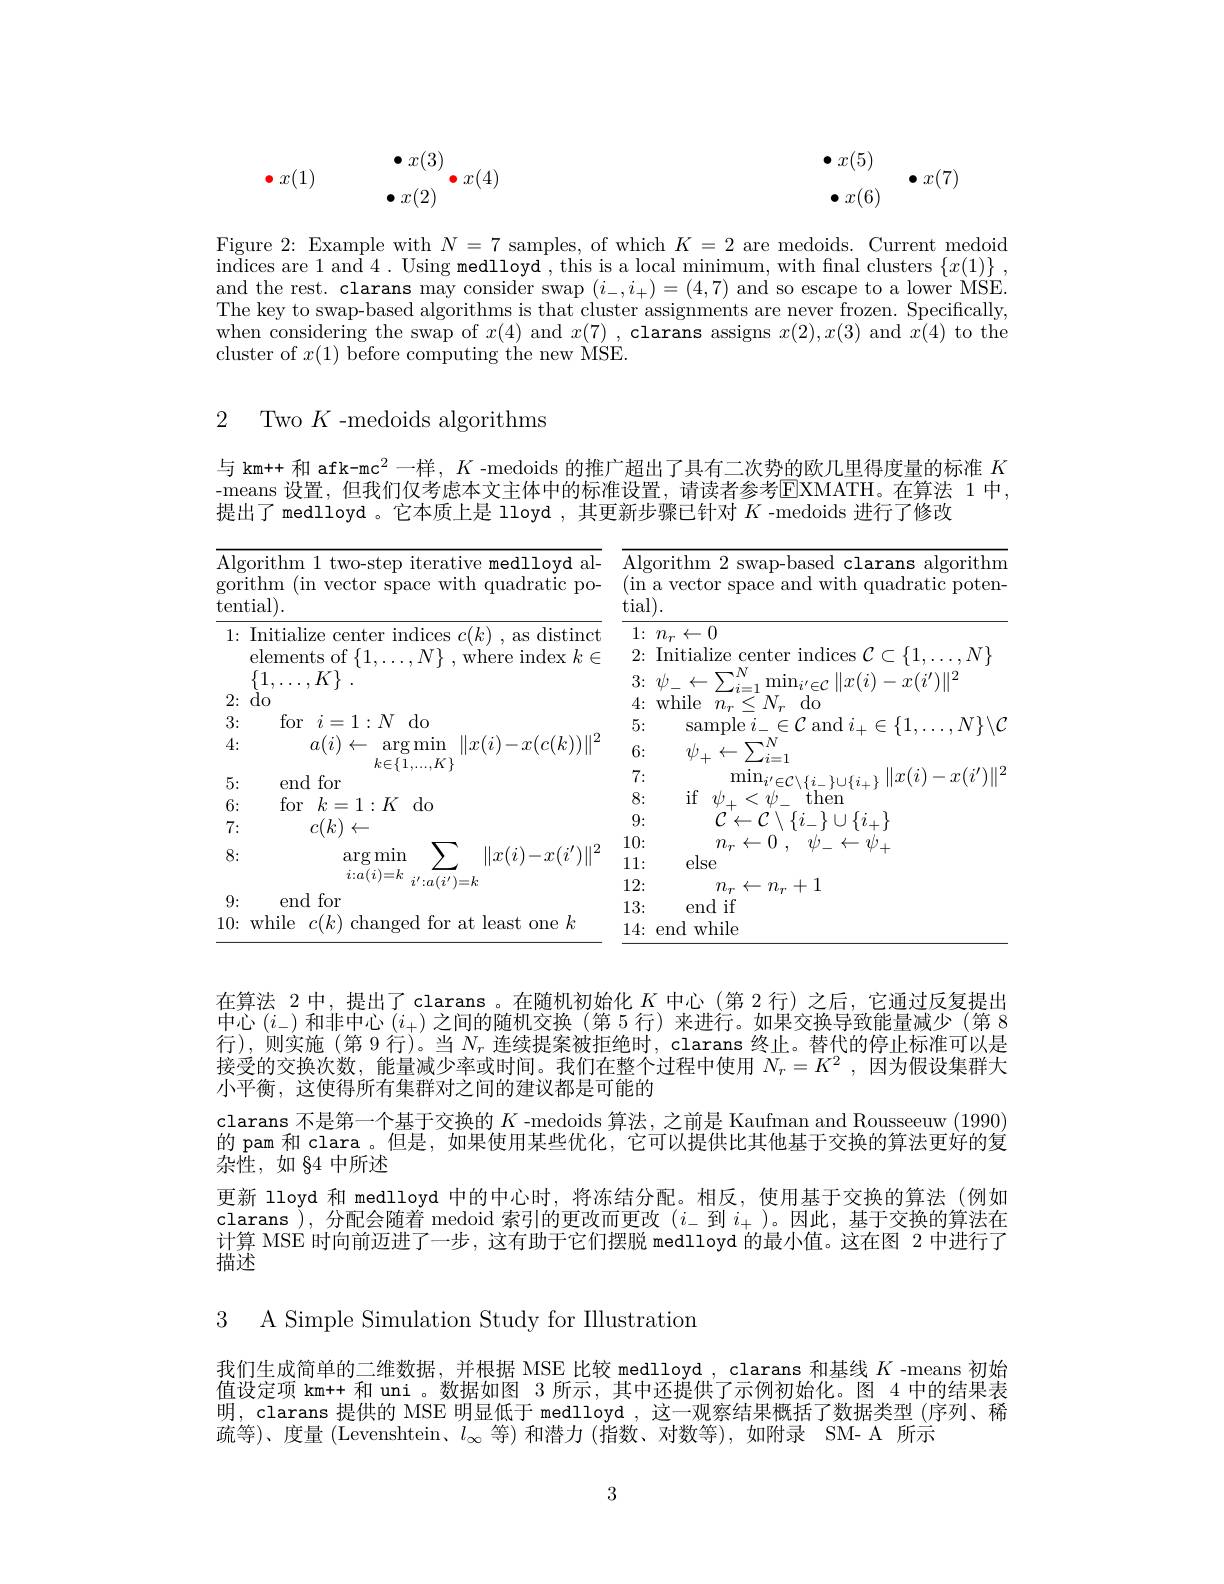
$$\begin{array}{ccccccccccccccccccccccccccccccccccccccccccccccccccccccccccccccccccccccccccccccccccccccccccccccc}\end{array}$$
Figure 2: Example with $N=7$ samples, of which $K=2$ are medoids. Current medoid $\bar{\text{indices are }1\text{ and }4}.$ Using medlloyd , this is a local minimum, with fnal clusters $\{ x( 1) \}$ , and the rest. clarans may consider swap $(i_-,i_+)=(4,7)$ and so escape to a lower MSE. The key to swap-based algorithms is that cluster assignments are never frozen. Specifically, when considering the swap of $x(4)$ and $x(7)$ , clarans assigns $x(2),x(3)$ and $x(4)$ to the cluster of $x(1)$ before computing the new MSE.

## 2 Two $K$-medoids algorithms

与 km++ 和 afk-mc$^2$一样，$K$ -medoids 的推广超出了具有二次势的欧几里得度量的标准$K$ -means 设置，但我们仅考虑本文主体中的标准设置，请读者参考EMATH。在算法 1 中， 提出了 medlloyd 。它本质上是 lloyd , 其更新步骤已针对$K$ -medoids 进行了修改

<table>
	<tbody>
		<tr>
			<th>hm 1 two-step iterative medlloyd al- (in vector space with quadratic po-</th>
			<th>Algorithm 2 swap-based clarans algorithm (in a vector space and with quadratic poten- tial).</th>
		</tr>
		<tr>
			<td>tialize center indices $c(k)$ , as distinct ments of $\{1,\ldots,N\}$ , where index $k\in$ $\ldots,K\}$</td>
			<td>$1\nobreak {: } $ $n_{r}\gets 0$ 2: Initialize center indices $\mathcal C\subset\{1,\ldots,N\}$ $3\nobreak {: } $ $\psi _{- }\leftarrow \sum _{i= 1}^{N}$m $\operatorname*{min}_{i^{\prime}\in\mathcal{C}}\|x(i)-x(i^{\prime})\|^{2}$</td>
		</tr>
		<tr>
			<td>for $i=1:N$ $do$ $a(i)$ $1\leftarrow$ $\operatorname{argmin}$ $\|x(i)-x(c(k))\|^{2}$</td>
			<td>$4\nobreak {: } $ while $r$ $n_{r}<N_{r}$ $dc$ 5: sample $i_-\in\mathcal{C}$ and $i_+\in\{1,\ldots,N\}\backslash$ A $\nabla N$</td>
		</tr>
		<tr>
			<td> </td>
			<td>9: $\{j$ $\{i_{\perp}\}$ 11</td>
		</tr>
		<tr>
			<td>$11\boldsymbol{\upsilon}$ $\sum$ $\|x(i)-x(i^{\prime})\|^{2}$ $\operatorname{argmin}$ $i{:}a(i)=k$ $i^{\prime}{:}a(i^{\prime})=k$</td>
			<td>10: $n_{r}\leftarrow 0$ , $\psi _{- }\leftarrow \psi _{+ }$ 11: else 12: $n_{r}\leftarrow n_{\boldsymbol{r}}+1$</td>
		</tr>
		<tr>
			<td> </td>
			<td>10: 0 $\eta_{v\boldsymbol{T}}$ 人 、</td>
		</tr>
		<tr>
			<td>changed tor at least one $k$ 1</td>
			<td>$l$ while end</td>
		</tr>
	</tbody>
</table>

在算法 2 中，提出了 clarans 。在随机初始化$K$中心 (第 2 行)之后，它通过反复提出中心$(i_-)$和非中心$(i_+)$之间的随机交换(第 5 行)来进行。如果交换导致能量减少 (第 8行),则实施(第9 行)。当$N_r$连续提案被拒绝时，clarans 终止。替代的停止标准可以是接受的交换次数，能量减少率或时间。我们在整个过程中使用$N_r= K^2$ , 因为假设集群大小平衡，这使得所有集群对之间的建议都是可能的
clarans 不是第一个基于交换的$K$ -medoids 算法，之前是 Kaufman and Rousseeuw (1990) 的 pam 和 clara 。但是，如果使用某些优化，它可以提供比其他基于交换的算法更好的复杂性，如 84 中所述
更新 lloyd 和 medlloyd 中的中心时，将冻结分配。相反，使用基于交换的算法(例如clarans $\dot{}$),分配会随着 medoid 索引的更改而更改$(i_-$到$i_+)$。因此，基于交换的算法在计算 MSE 时向前迈进了一步，这有助于它们摆脱 medlloyd 的最小值。这在图 2 中进行了描述

3 A Simple Simulation Study for Illustration

我们生成简单的二维数据，并根据 MSE 比较 medlloyd , clarans 和基线$K$ -means 初始值设定项 km++ 和 uni 。数据如图 3 所示，其中还提供了示例初始化。图 4 中的结果表明，clarans 提供的 MSE 明显低于 medlloyd , 这一观察结果概括了数据类型 (序列、稀疏等)、度量 (Levenshtein、$l_\infty$等)和潜力 (指数、对数等),如附录 SM- A 所示

3